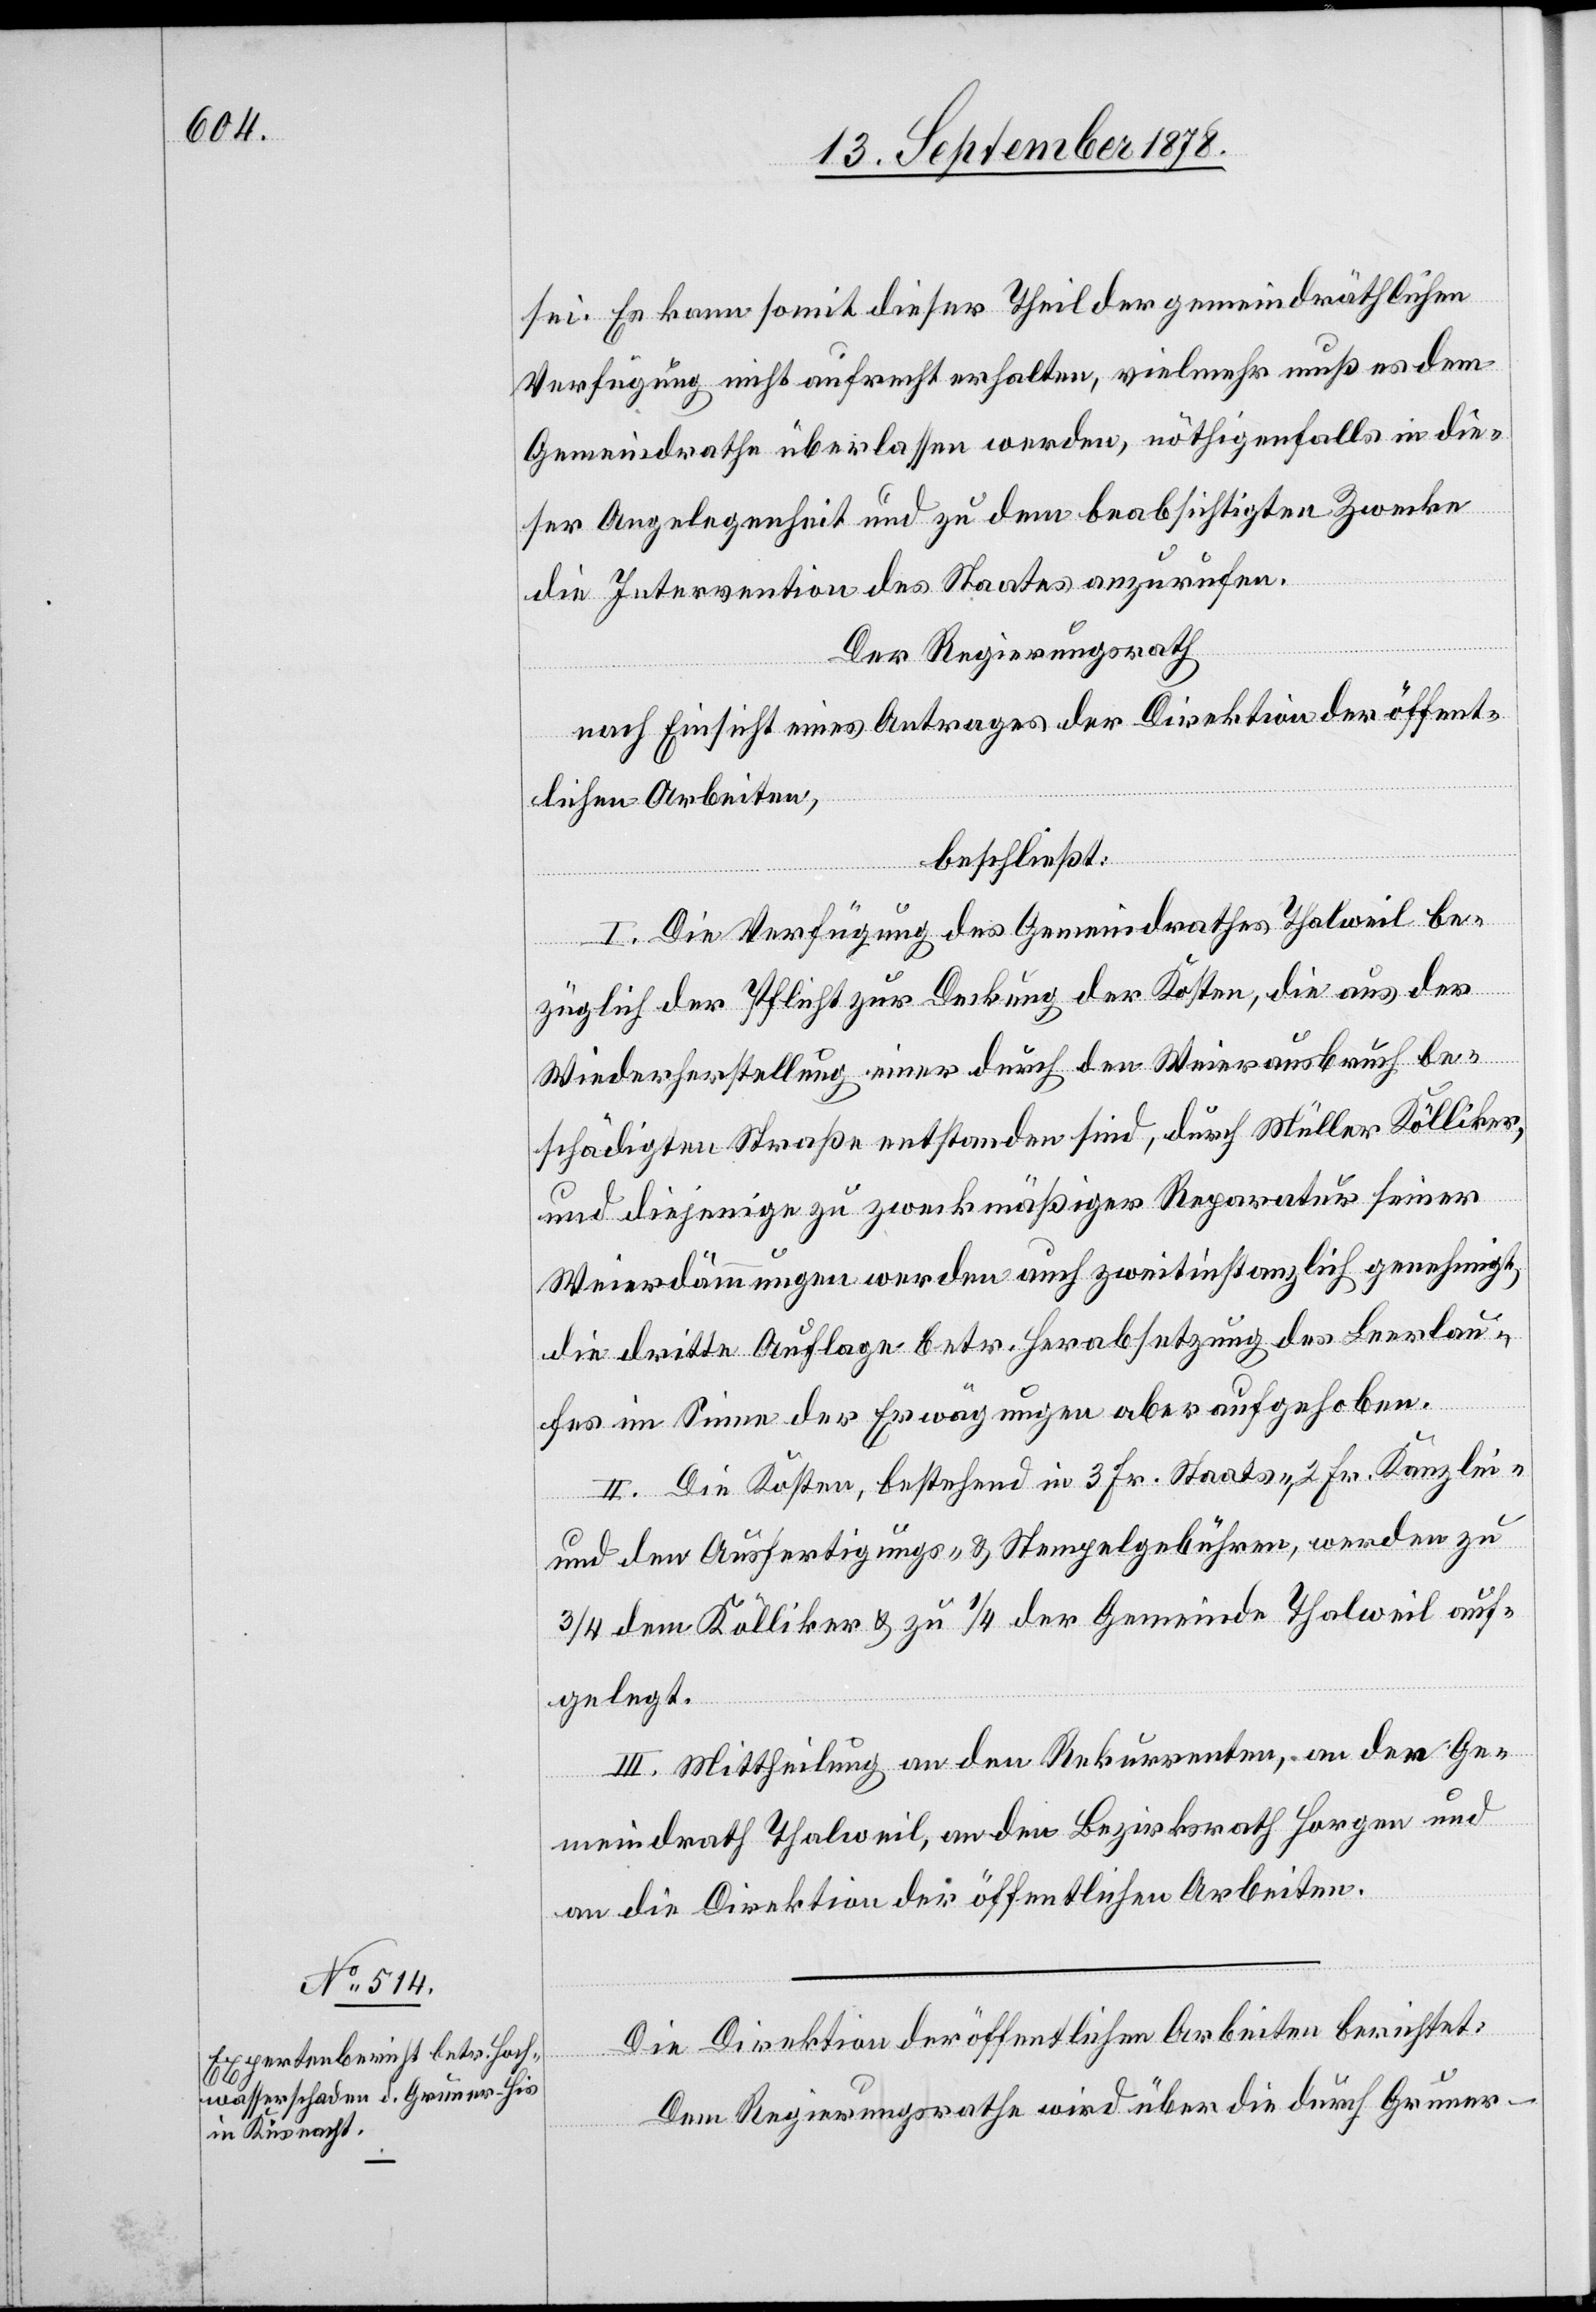
sei. Er kann somit dieser Theil der gemeindräthlichen
Verfügung nicht aufrecht erhalten, vielmehr muß es dem
Gemeindrathe überlassen werden, nöthigenfalls in die¬
se Angelegenheit und zu dem beabsichtigten Zwecke
die Intervention des Staates anzurufen.
Der Regierungsrath
nach Einsicht eines Antrages der Direktion der öffent¬
lichen Arbeiten,
beschließt:
I. Die Verfügung des Gemeindrath Thalweil be¬
züglich der Pflicht zur Deckung der Kosten, die aus der
Wiederherstellung einer durch den Weierausbruch be¬
schädigten Straße entstanden sind, durch Müller Kölliker,
und diejenigen zu zweckmäßiger Reparatur seiner
Weierdämmungen werden auch zweitinstanzlich genehmigt,
die dritte Auflage betr. Herabsetzung des Leerlau¬
fes im Sinne der Erwägungen aber aufgehoben.
II. Die Kosten, bestehend in 3 Fr. Staats-, 2 Fr. Kanzlei-
und den Ausfertigungs- und Stempelgebühren, werden zu
3/4 dem Kölliker & zu 1/4 der Gemeinde Thalweil auf¬
gelegt.
III. Mittheilung an den Rekurrenten, an den Ge¬
meindrath Thalweil, an den Bezirksrath Horgen und
an die Direktion der öffentlichen Arbeiten.
Die Direktion der öffentlichen Arbeiten berichtet:
Dem Regierungsrathe wird über die durch Gruner-